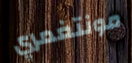
مونتغمري